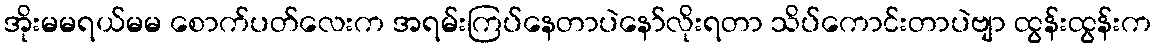
အိုးမမရယ်မမ စောက်ပတ်လေးက အရမ်းကြပ်နေတာပဲနော်လိုးရတာ သိပ်ကောင်းတာပဲဗျာ ထွန်းထွန်းက